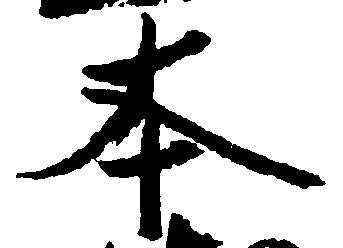
本